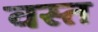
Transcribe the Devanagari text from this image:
वस्त